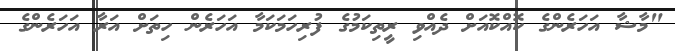
"މާޝާ އަހަރެންގެ ކޮއްކޮއަށް ދެއްވި ރީތިކަމުގެ ފުރިހަމަކަމާ އަހަރެން ހިތަށް އަރާ އަހަރެންގެ